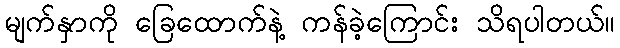
မျက်နှာကို ခြေထောက်နဲ့ ကန်ခဲ့ကြောင်း သိရပါတယ်။